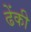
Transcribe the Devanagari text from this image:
ढेंकी